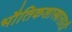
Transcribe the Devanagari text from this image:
भौतिकशास्त्रासाठी